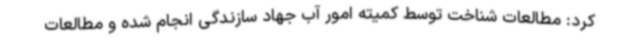
کرد: مطالعات شناخت توسط کمیته امور آب جهاد سازندگی انجام شده و مطالعات